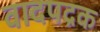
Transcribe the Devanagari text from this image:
वादपद्रक